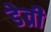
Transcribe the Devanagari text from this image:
डेव्री